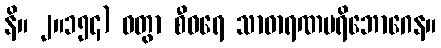
နိ။ ၂။၁၅၄) ဝတွာ စီဝရေ သာဓာရဏပရိဘောဂေန။